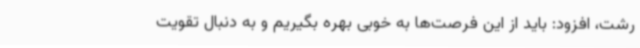
رشت، افزود: باید از این فرصت‌ها به خوبی بهره بگیریم و به دنبال تقویت